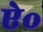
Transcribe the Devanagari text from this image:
ऐ॰